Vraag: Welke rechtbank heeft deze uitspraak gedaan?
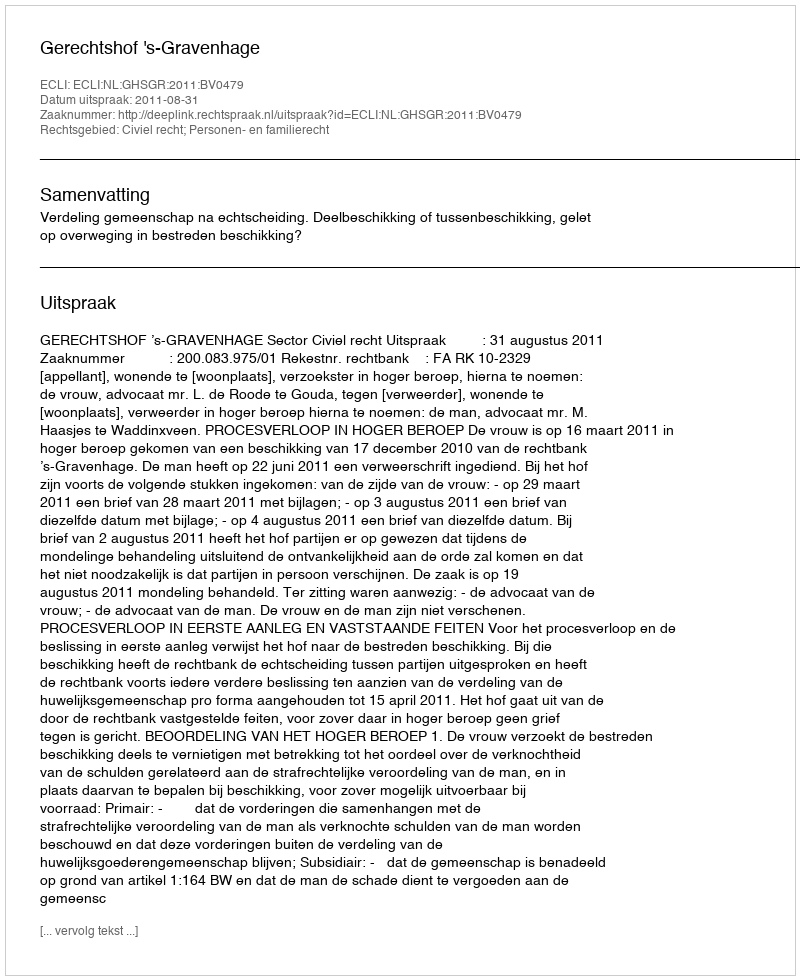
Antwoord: Gerechtshof 's-Gravenhage